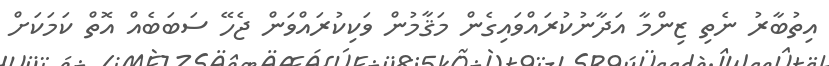
އިތުބާރު ނެތި ޒިންމާ އަދާނުކުރައްވައިގެން މަޤާމުން ވަކިކުރައްވަން ޖެހޭ ސަބަބެއް އޮތް ކަމަކަށް